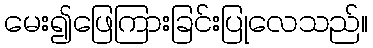
မေး၍ဖြေကြားခြင်းပြုလေသည်။